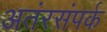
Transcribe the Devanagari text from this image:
अतंरसंपर्क